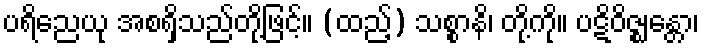
ပရိညေယု အစရှိသည်တို့ဖြင့်။ (ထည့်) သစ္စာနိ၊ တို့ကို။ ပဋိဝိဇ္ဈန္တော၊